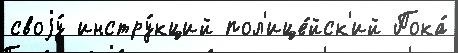
своjу́ инстру́кций пол'ице́йск'ий Пока́